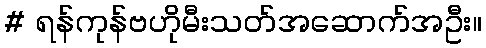
# ရန်ကုန်ဗဟိုမီးသတ်အဆောက်အဦး။